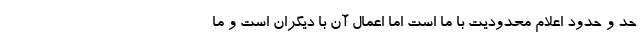
حد و حدود اعلام محدودیت با ما است اما اعمال آن با دیگران است و ما